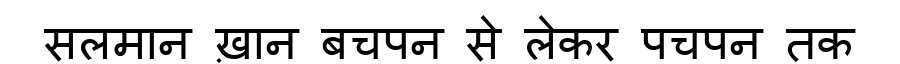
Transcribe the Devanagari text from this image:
सलमान ख़ान बचपन से लेकर पचपन तक